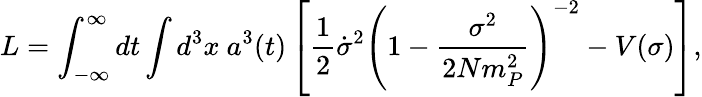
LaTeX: L=\int_{-\infty}^{\infty}dt\int d^{3}x~a^{3}(t)\left[\frac{1}{2}\dot{\sigma}^{2}\left(1-\frac{\sigma^{2}}{2Nm_{P}^{2}}\right)^{-2}-V(\sigma)\right],